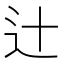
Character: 辻